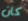
كان